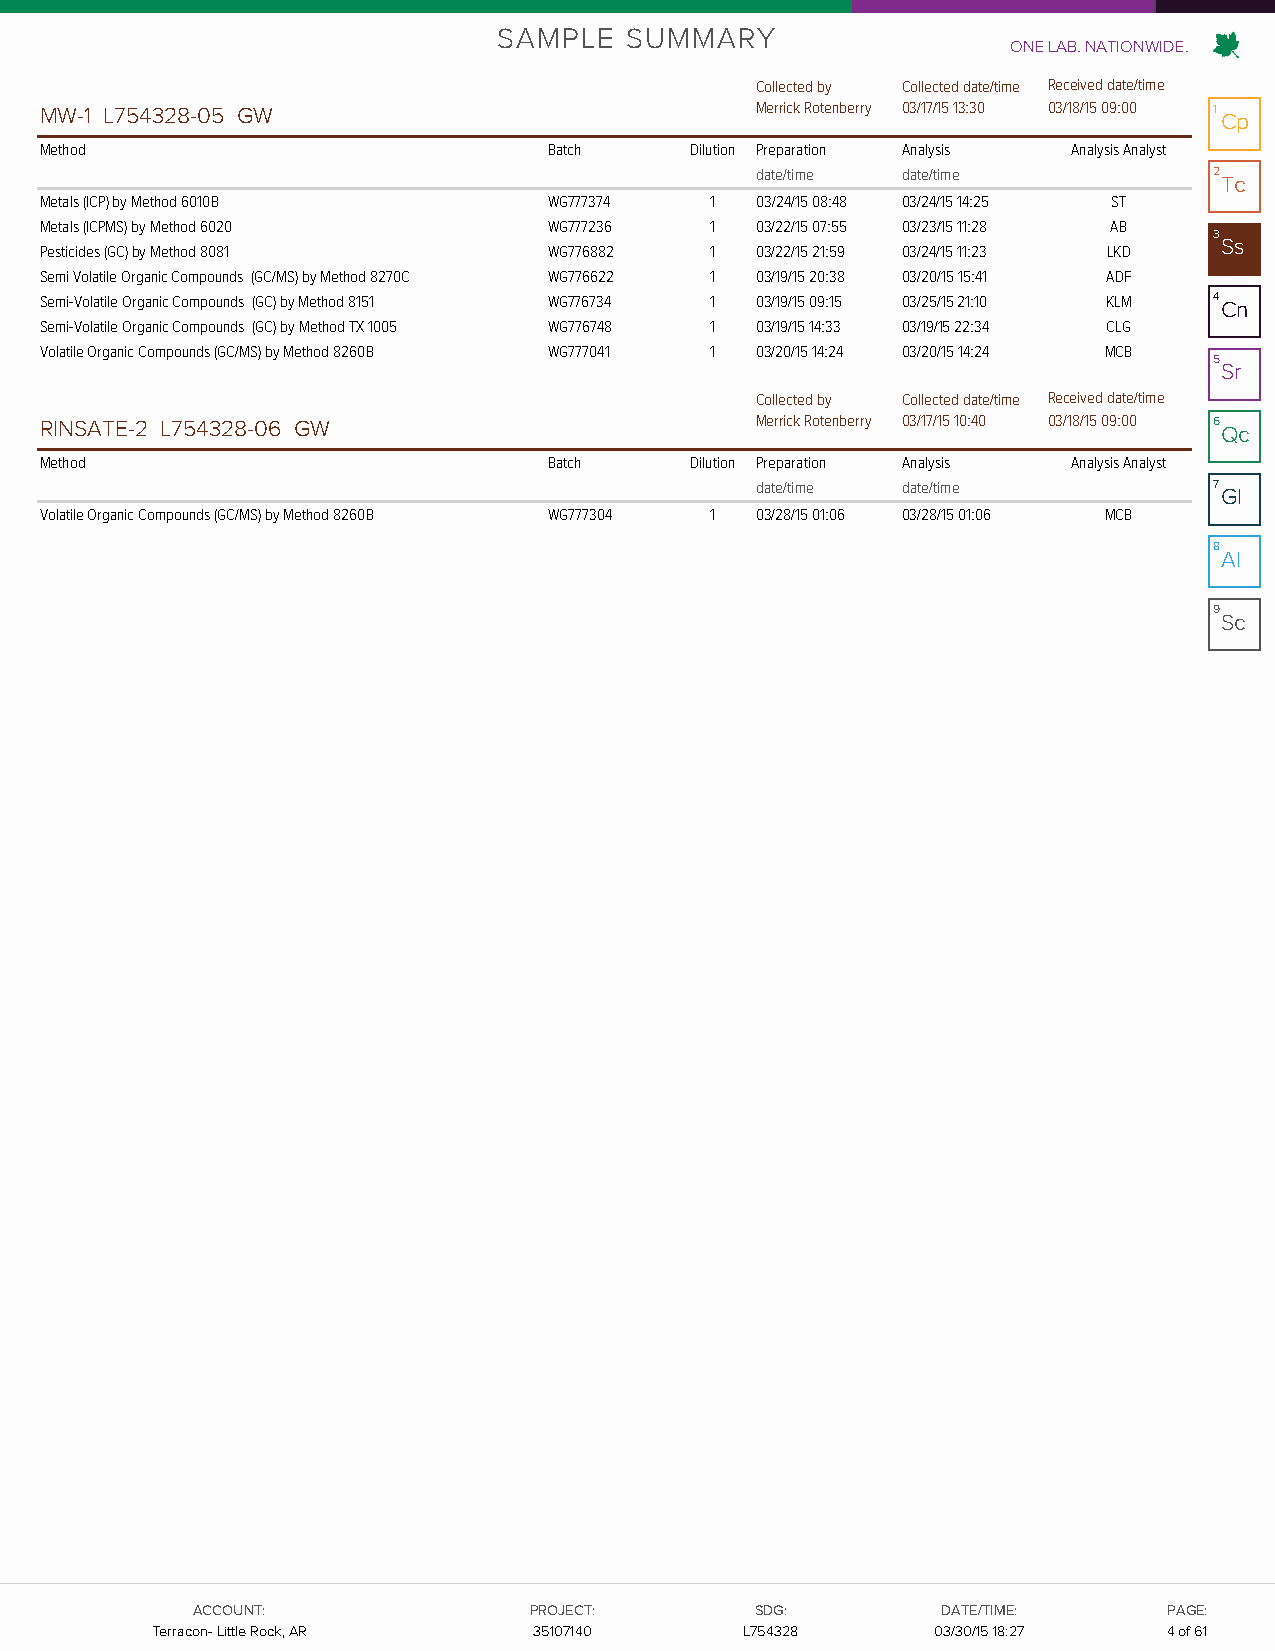
SAMPLE  SUMMARY
 ONE LAB. NATIONWIDE.
 Collected by Collected date/time Received date/time
 MW-1 L754328-05 GW                             Merrick Rotenberry 03/17/15 13:30 03/18/15 09:00 1 Cp
 Method                           Batch     Dilution Preparation Analysis Analysis Analyst
 date/time date/time           2
 Tc
 Metals (ICP) by Method 6010B     WG777374   1  03/24/15 08:48 03/24/15 14:25 ST
 Metals (ICPMS) by Method 6020    WG777236   1  03/22/15 07:55 03/23/15 11:28 AB
 3
 Ss
 Pesticides (GC) by Method 8081   WG776882   1  03/22/15 21:59 03/24/15 11:23 LKD
 Semi Volatile Organic Compounds (GC/MS) by Method 8270C WG776622 1 03/19/15 20:38 03/20/15 15:41 ADF
 Semi-Volatile Organic Compounds (GC) by Method 8151 WG776734 1 03/19/15 09:15 03/25/15 21:10 KLM 4 Cn
 Semi-Volatile Organic Compounds (GC) by Method TX 1005 WG776748 1 03/19/15 14:33 03/19/15 22:34 CLG
 Volatile Organic Compounds (GC/MS) by Method 8260B WG777041 1 03/20/15 14:24 03/20/15 14:24 MCB
 5
 Sr
 Collected by Collected date/time Received date/time
 RINSATE-2 L754328-06 GW                        Merrick Rotenberry 03/17/15 10:40 03/18/15 09:00 6 Qc
 Method                           Batch     Dilution Preparation Analysis Analysis Analyst
 date/time date/time           7
 Gl
 Volatile Organic Compounds (GC/MS) by Method 8260B WG777304 1 03/28/15 01:06 03/28/15 01:06 MCB
 8
 Al
 9
 Sc
 AACCCCOOUUNNTT::      PPRROOJJEECCTT:: SSDDGG::  DDAATTEE//TTIIMMEE:: PPAAGGEE::
 TTeerrrraaccoonn-- LLiittttllee RRoocckk,, AARR 3355110077114400 LL775544332288 0033//3300//1155 1186::2377 44 ooff 6611